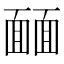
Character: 𩈳